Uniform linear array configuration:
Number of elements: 24
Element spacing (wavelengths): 0.5
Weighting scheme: exponential
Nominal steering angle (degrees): -30
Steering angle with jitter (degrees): -31.946
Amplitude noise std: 0.05
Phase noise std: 0.05

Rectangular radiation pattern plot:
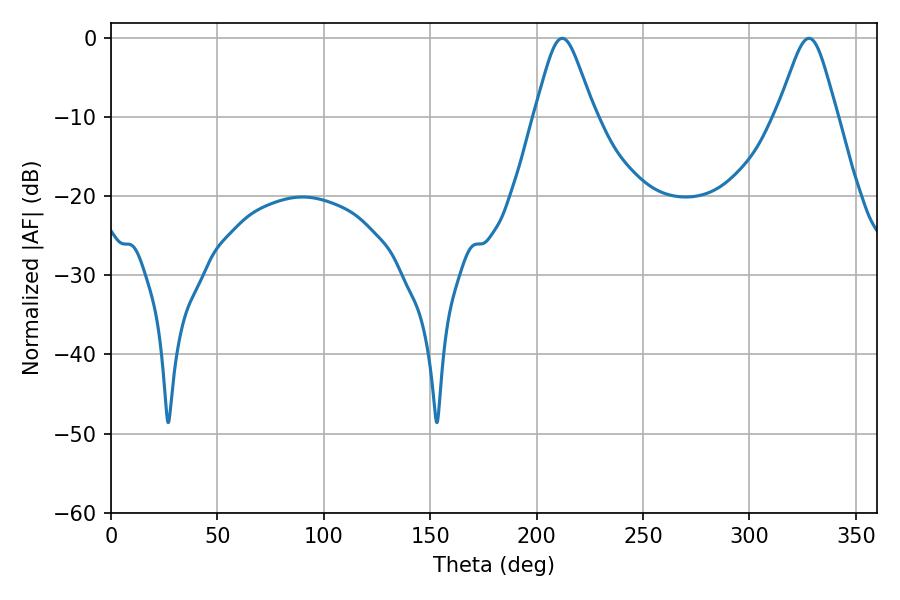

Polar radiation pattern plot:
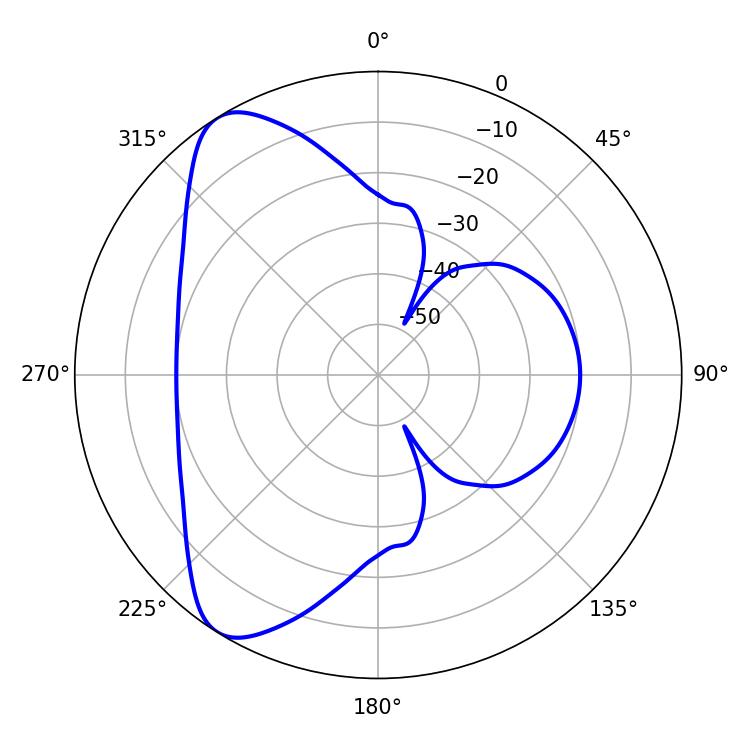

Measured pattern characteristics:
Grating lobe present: FALSE
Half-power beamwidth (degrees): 13.5
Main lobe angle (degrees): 212.04